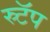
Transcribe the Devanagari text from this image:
स्र्टॅप